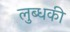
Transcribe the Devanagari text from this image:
लुब्धकी